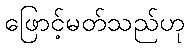
ဖြောင့်မတ်သည်ဟု